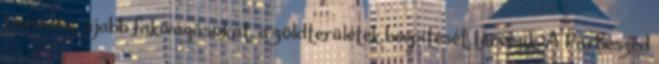
kormány: újabb fakivágásokat, a zöldterületek beépítését tervezik. A Párbeszéd